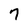
Character: 7